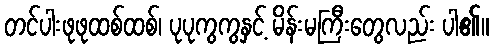
တင်ပါးဖုဖုထစ်ထစ်၊ ပုပုကွကွနှင့် မိန်းမကြီးတွေလည်း ပါ၏။